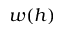
w ( h )